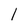
Character: 1